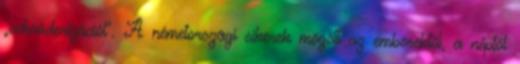
„schröderizációt”. A németországi sikerek mögött az emberektől, a néptől